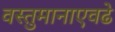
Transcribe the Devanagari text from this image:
वस्तुमानाएवढे